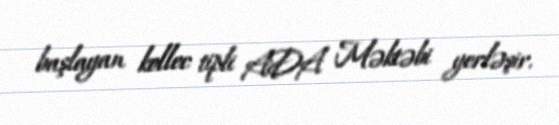
başlayan kollec tipli ADA Məktəbi yerləşir.